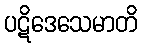
ပဋိဒေသေမာတိ